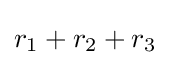
r_{1}+r_{2}+r_{3}